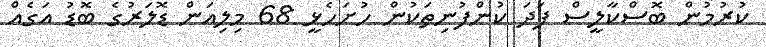
ކުރުމުން ބޮސްކާލީސް ފަދަ ކުންފުނިތަކުން ހުށަހެޅީ 68 މިލިއަން ޑޮލަރުގެ ބޮޑު އަގެއް